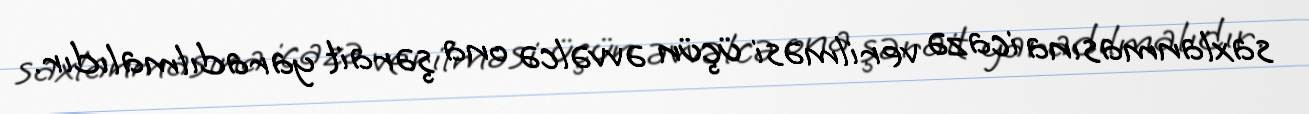
saxlanmasına icazə verilməsi üçün əvvəlcə ona şərait yaradılmalıdır.